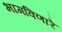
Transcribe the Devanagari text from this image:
भागविणारे